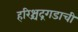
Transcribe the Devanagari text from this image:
हरिश्चंद्रगडाची